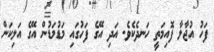
ފަހު އުޖާލާ ފޮއިމަތީ ހަނދެކެވެ. އަދި އޭގެ ފަހުގައި މަޑުމަޑުން އޭގެ އަލިކަން